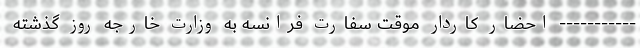
----------- احضار کاردار موقت سفارت فرانسه به وزارت خارجه روز گذشته